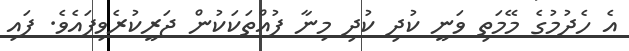
އެ ހެދުމުގެ މޭމަތި ވަނީ ކުދި ކުދި މިނާ ފުއްތަކަކުން ޖަރީކުރެވިފައެވެ. ފައި